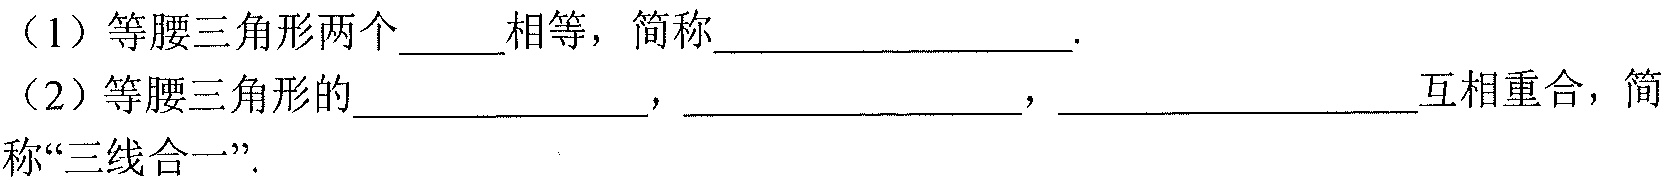
（1）等腰三角形两个______相等，简称_________________.
（2）等腰三角形的__________________，__________________，__________________互相重合，简称“三线合一”.